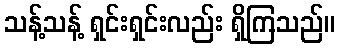
သန့်သန့် ရှင်းရှင်းလည်း ရှိကြသည်။